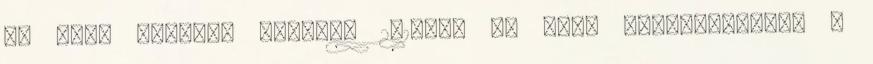
Az Auto Express magazin 2018-as Új Autó díjkiosztóján a